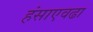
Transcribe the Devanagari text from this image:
हंसाएवढा